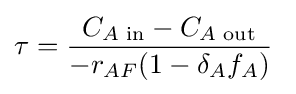
\tau ={\frac {C_{A{\text{ in}}}-C_{A{\text{ out}}}}{-r_{AF}(1-\delta _{A}f_{A})}}\